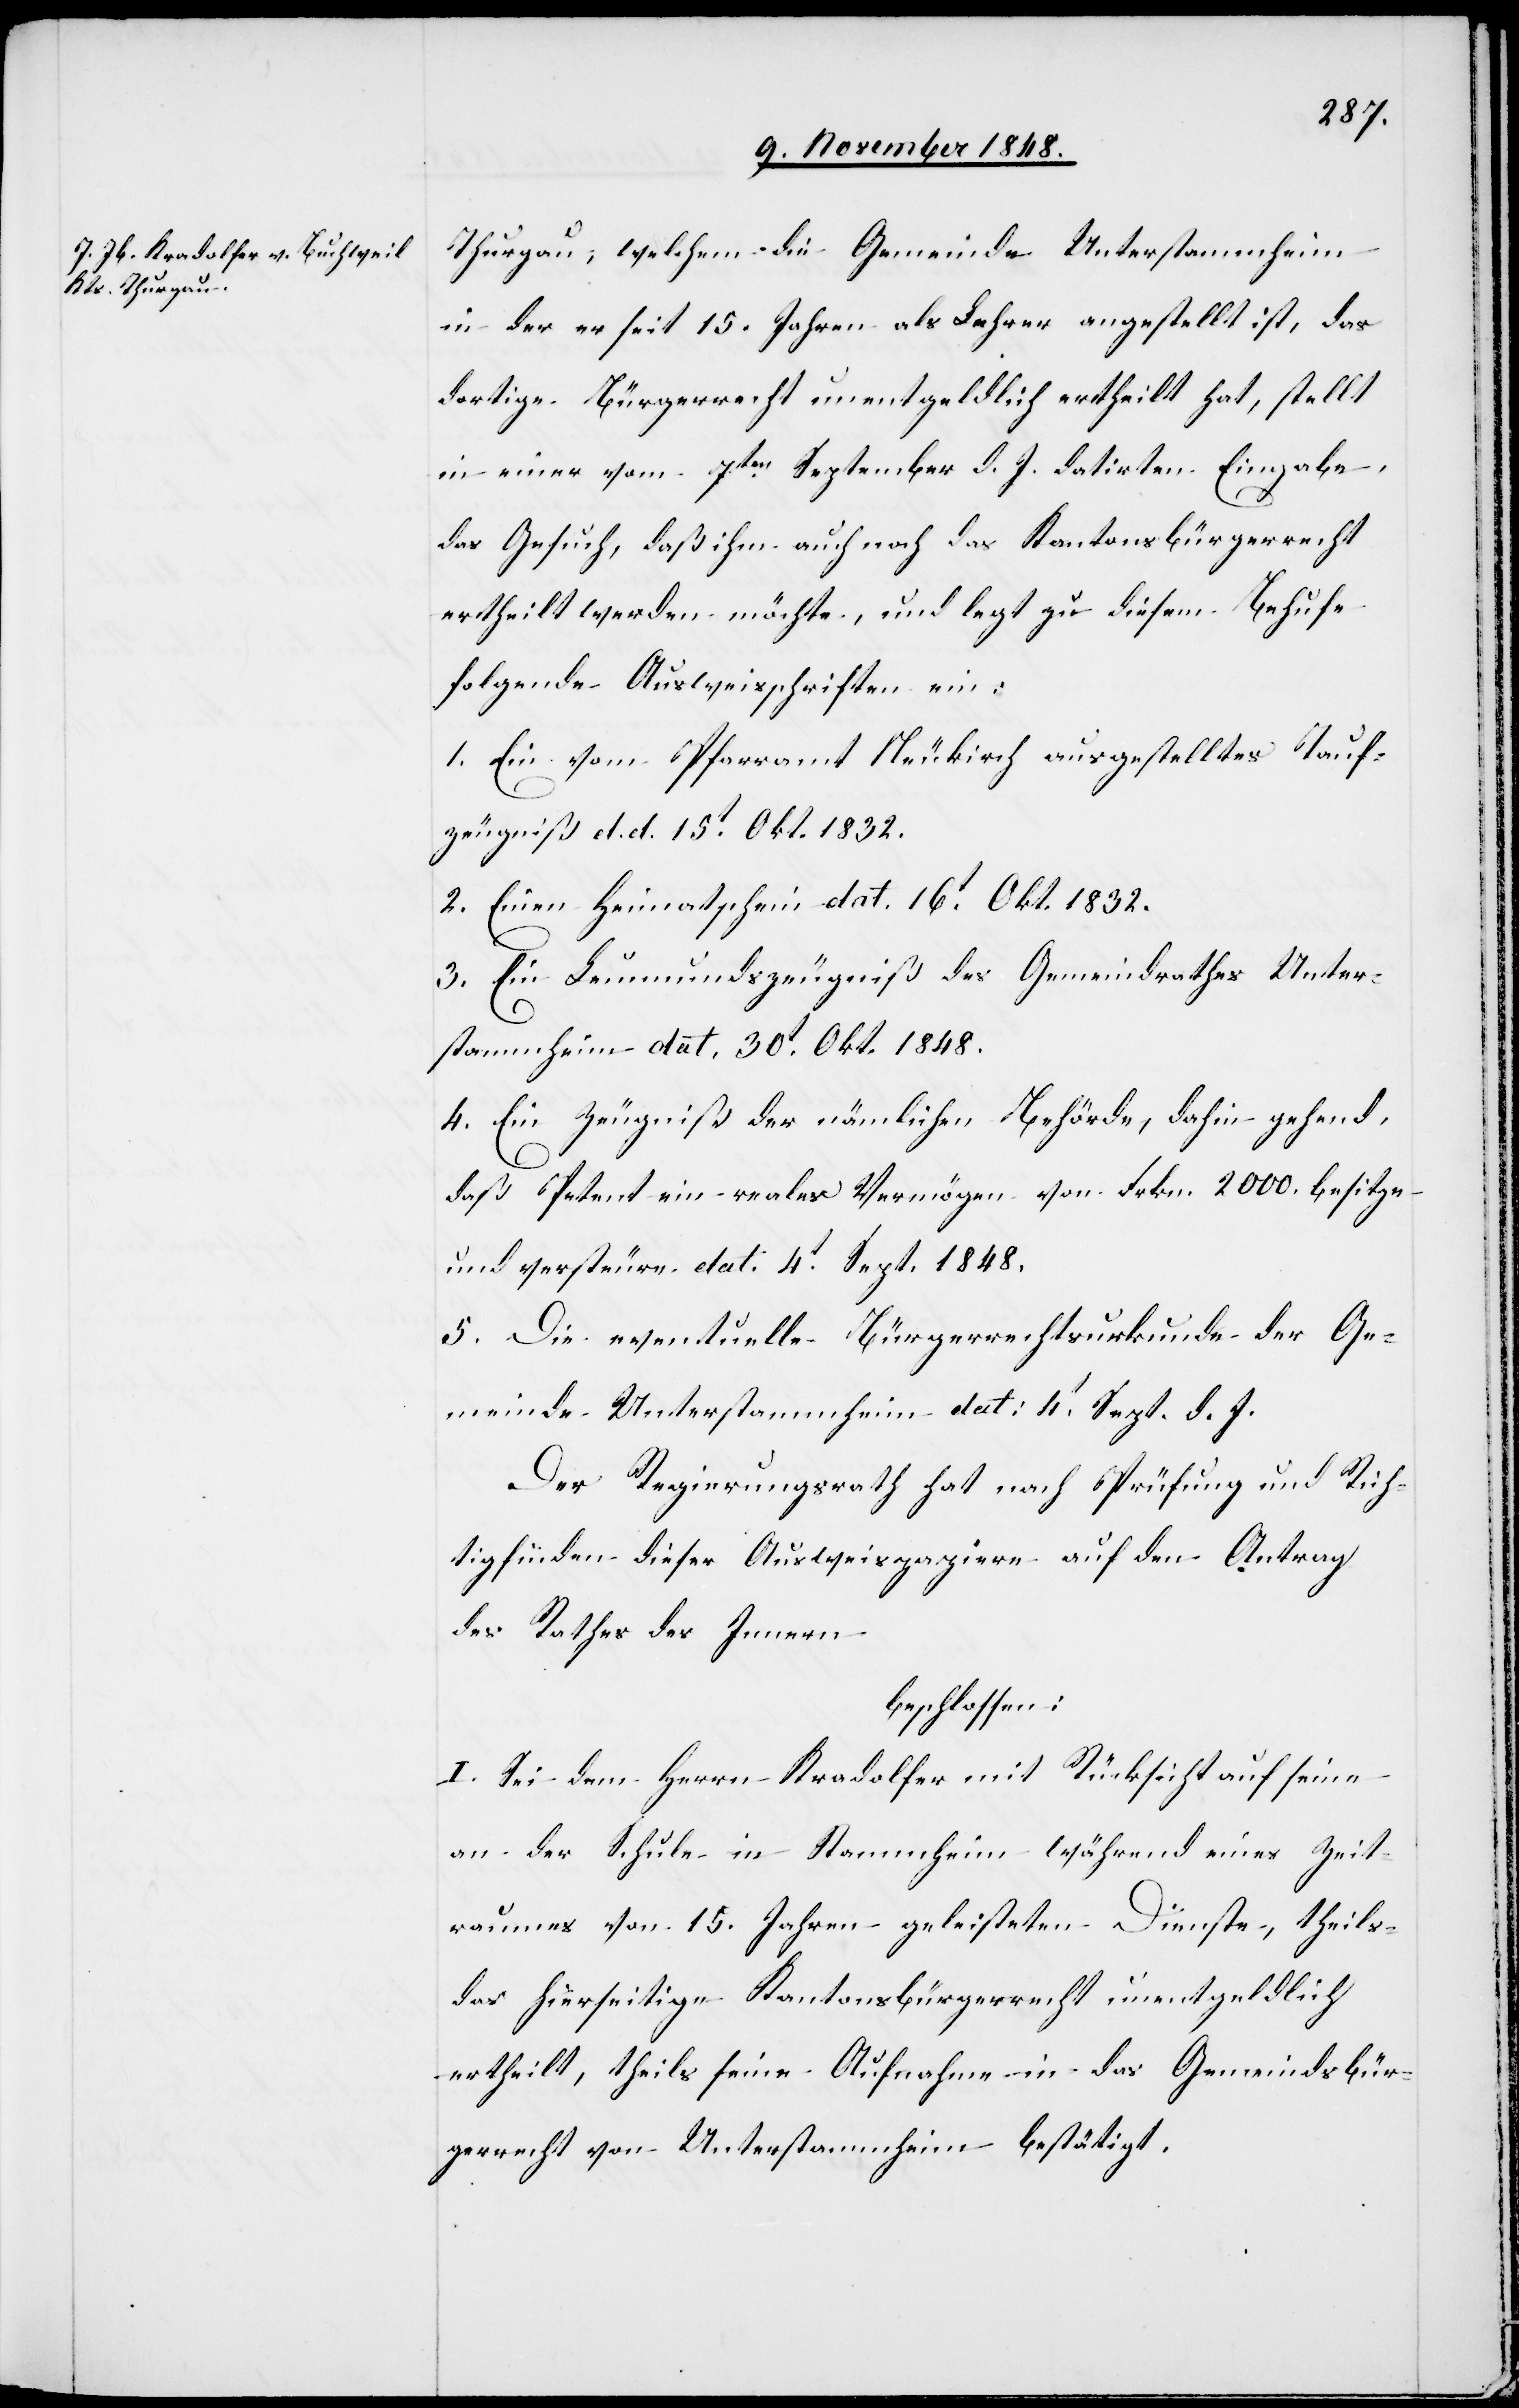
Thurgau, welchem die Gemeinde Unterstammheim
in der er seit 15. Jahren als Lehrer angestellt ist, das
dortige Bürgerrecht unentgeldlich ertheilt hat, stellt
in einer vom 7ten September d. J. datirten Eingabe,
das Gesuch, daß ihm auch noch das Kantonsbürgerrecht
ertheilt werden möchte, und legt zu diesem Behufe
folgende Ausweisschriften ein:
1. Ein vom Pfarramt Neukirch ausgestelltes Tauf¬
zeugniß d. d. 15t Okt. 1832.
2. einen Heimatschein dat. 16t Okt. 1832.
3. Ein Leumundszeugniß des Gemeindrathes Unter¬
stammheim dat. 30t Okt. 1848.
4. Ein Zeugniß der nämlichen Behörde, dahin gehend,
daß Petent ein reales Vermögen von Frkn. 2000. besitze
und versteuere dat. 4t Sept. 1848.
5. Die eventuelle Bürgerrechtsurkunde der Ge¬
meinde Unterstammheim dat: 4t Sept. d. J.
Der Regierungsrath hat nach Prüfung und Rich¬
tigfinden dieser Ausweispapiere auf den Antrag
des Rathes des Innern
beschlossen:
I. Sei dem Herrn Kradolfer mit Rücksicht auf seine
an der Schule in Stammheim während eines Zeit¬
raumes von 15. Jahren geleisteten Dienste, theils
das hierseitige Kantonsbürgerrecht unentgeldlich
ertheilt, theils seine Aufnahme in das Gemeindsbür¬
gerrecht von Unterstammheim bestätigt.